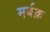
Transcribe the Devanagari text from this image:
मर्बक़